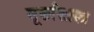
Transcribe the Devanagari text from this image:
मूर्छाशास्त्र